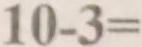
1 0 - 3 =